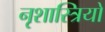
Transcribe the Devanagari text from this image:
नृशास्त्रियों